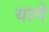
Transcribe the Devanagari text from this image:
यागे